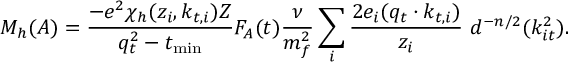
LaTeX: { \cal M } _ { h } ( A ) = \frac { - e ^ { 2 } { \chi } _ { h } ( z _ { i } , k _ { t , i } ) Z } { q _ { t } ^ { 2 } - t _ { \mathrm { m i n } } } F _ { A } ( t ) { \frac { \nu } { m _ { f } ^ { 2 } } } \sum _ { i } { \frac { 2 e _ { i } ( q _ { t } \cdot k _ { t , i } ) } { z _ { i } } } \ d ^ { - n / 2 } ( k _ { i t } ^ { 2 } ) .